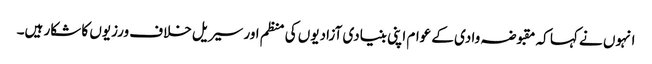
انہوں نے کہا کہ مقبوضہ وادی کے عوام اپنی بنیادی آزادیوں کی منظم اور سیریل خلاف ورزیوں کا شکار ہیں۔